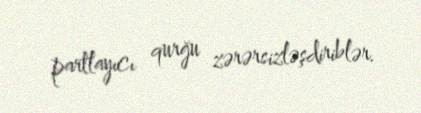
partlayıcı qurğu zərərsizləşdiriblər.